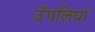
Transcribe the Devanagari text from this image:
उँगलियां